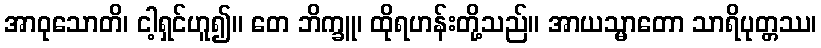
အာဝုသောတိ၊ ငါ့ရှင်ဟူ၍။ တေ ဘိက္ခူ၊ ထိုရဟန်းတို့သည်။ အာယသ္မာတော သာရိပုတ္တဿ၊